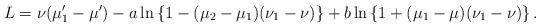
LaTeX: \begin{align*}L=\nu(\mu_1'-\mu')-a\ln\left\{1-(\mu_2-\mu_1)(\nu_1-\nu)\right\}+b\ln\left\{1+(\mu_1-\mu)(\nu_1-\nu)\right\}.\end{align*}